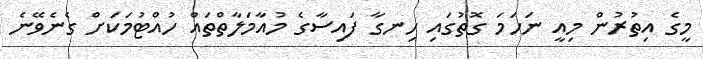
މީގެ އިތުރުން މިއީ ނަހަމަ ގޮތުގައި ހިނގާ ފައިސާގެ މުއާމަލާތްތައް ހުއްޓުމަކަށް ގެނެވޭނެ